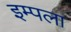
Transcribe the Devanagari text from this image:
इम्पला